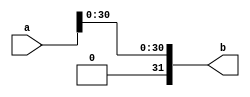
`timescale 1ns / 1ps
`default_nettype none
//////////////////////////////////////////////////////////////////////////////////
// Company: 
// 
// Design Name: 
// Module Name: fabs
// Project Name: 
// Target Devices: KCU105
// Tool Versions: 
// Description: 
// 
// Dependencies: 
// 
// Revision:
// Revision 0.01 - File Created
// Additional Comments:
// 
//////////////////////////////////////////////////////////////////////////////////


module fabs(
    input wire [31:0] a, //input a
    output wire [31:0] b //output |a|
    );
    assign b = {1'b0, a[30:0]};
endmodule
`default_nettype wire